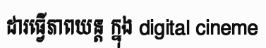
ដារធ្វើភាពយន្ត ក្នុង digital cineme